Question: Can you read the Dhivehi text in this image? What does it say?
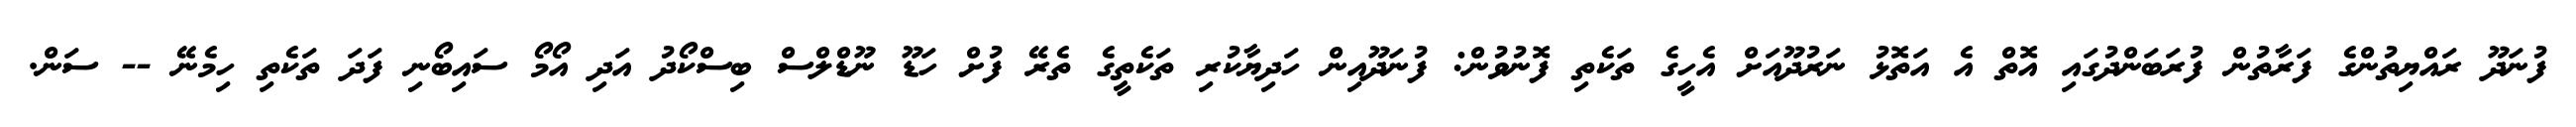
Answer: ފުނަދޫ ރައްޔިތުންގެ ފަރާތުން ފުރަބަންދުގައި އޮތް އެ އަތޮޅު ނަރުދޫއަށް އެހީގެ ތަކެތި ފޮނުވުން: ފުނަދޫއިން ހަދިޔާކުރި ތަކެތީގެ ތެރޭ ފުށް ހަޑޫ ނޫޑްލްސް ބިސްކޯދު އަދި އޯމޯ ސައިބޯނި ފަދަ ތަކެތި ހިމެނޭ -- ސަން.